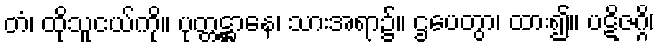
တံ၊ ထိုသူငယ်ကို။ ပုတ္တဋ္ဌာနေ၊ သားအရာ၌။ ဌပေတွာ၊ ထား၍။ ပဋိဇဂ္ဂိ၊